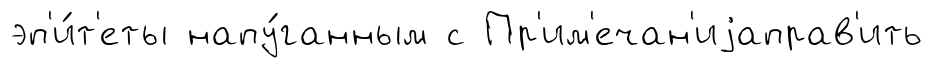
эп'и́т'еты напу́ганным с Пр'им'ечан'иjаправ'ить